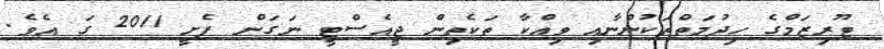
ޓޫރިޒަމްގެ ހިދުމަތްތަކުންނާއި ވިއްކާ ތަކެތިން ޖީއެސްޓީ ނަގަން ފެށީ 2011 ގަ އެވެ.